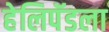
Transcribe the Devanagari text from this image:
हेलिपॅडला